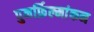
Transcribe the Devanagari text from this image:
पुनर्फ़िल्मांकन